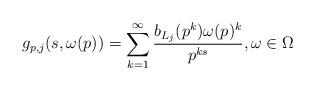
LaTeX: \begin{align*}g_{p,j}(s,\omega(p)) = \sum_{k=1}^\infty\frac{b_{L_j}(p^k)\omega(p)^k}{p^{ks}},\omega\in\Omega\end{align*}